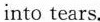
into tears.